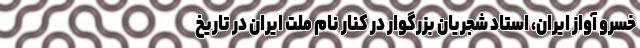
خسرو آواز ایران، استاد شجریان بزرگوار در کنار نام ملت ایران در تاریخ